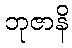
ဘုဇာနိ